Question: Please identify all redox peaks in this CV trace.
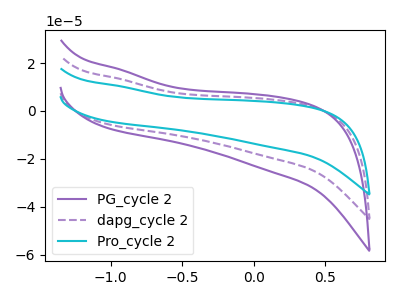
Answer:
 <answer>The purple curve "PG_cycle 2" has no peaks. The purple dashed curve "dapg_cycle 2" has no peaks. The cyan curve "Pro_cycle 2" has no peaks.</answer>
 <eval></eval>